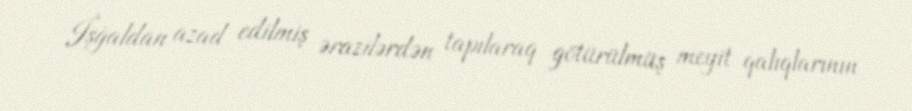
İşğaldan azad edilmiş ərazilərdən tapılaraq götürülmüş meyit qalıqlarının